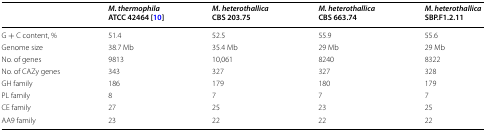
<table><thead><tr><td></td><td><b><i>M. thermophila</i>ATCC 42464 [10]</b></td><td><b><i>M. heterothallica</i>CBS 203.75</b></td><td><b><i>M. heterothallica</i>CBS 663.74</b></td><td><b><i>M. heterothallica</i>SBP.F1.2.11</b></td></tr></thead><tbody><tr><td>G + C content, %</td><td>51.4</td><td>52.5</td><td>55.9</td><td>55.6</td></tr><tr><td>Genome size</td><td>38.7 Mb</td><td>35.4 Mb</td><td>29 Mb</td><td>29 Mb</td></tr><tr><td>No. of genes</td><td>9813</td><td>10,061</td><td>8240</td><td>8322</td></tr><tr><td>No. of CAZy genes</td><td>343</td><td>327</td><td>327</td><td>328</td></tr><tr><td>GH family</td><td>186</td><td>179</td><td>180</td><td>179</td></tr><tr><td>PL family</td><td>8</td><td>7</td><td>7</td><td>7</td></tr><tr><td>CE family</td><td>27</td><td>25</td><td>23</td><td>25</td></tr><tr><td>AA9 family</td><td>23</td><td>22</td><td>22</td><td>22</td></tr></tbody></table>